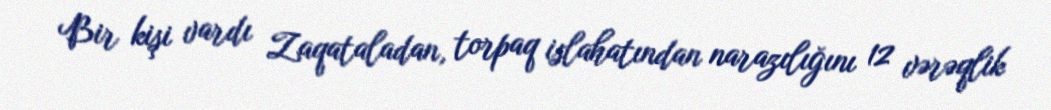
Bir kişi vardı Zaqataladan, torpaq islahatından narazılığını 12 vərəqlik